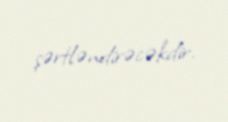
şərtləndirəcəkdir.